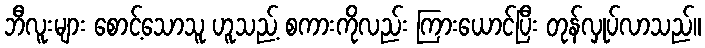
ဘီလူးများ စောင့်သောသူ ဟူသည့် စကားကိုလည်း ကြားယောင်ပြီး တုန်လှုပ်လာသည်။